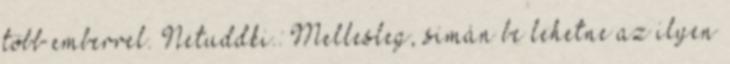
több emberrel. Netuddki.: Mellesleg, simán be lehetne az ilyen